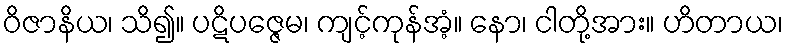
ဝိဇာနိယ၊ သိ၍။ ပဋိပဇ္ဇေမ၊ ကျင့်ကုန်အံ့။ နော၊ ငါတို့အား။ ဟိတာယ၊